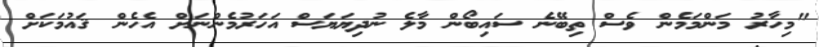
"މިހާރު މަންމަމެން ވެސް ތިބޭނެ ސައިބޯން މާލެ ނުދިޔަޔަސް އަހަރުމެންނަށް އެހެން ޤައުމަކަށް